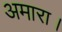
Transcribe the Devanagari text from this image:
अमारा।